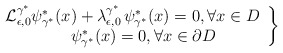
\begin{align*}\left.\begin{array}{c}\mathcal{L}_{\epsilon,0}^{\gamma^{\ast}}\psi_{\gamma^{\ast}}^{\ast}(x) + \lambda_{\epsilon,0}^{\gamma^{\ast}}\,\psi_{\gamma^{\ast}}^{\ast}(x) = 0, \forall x \in D\\\quad~ \psi_{\gamma^{\ast}}^{\ast}(x) = 0, \forall x \in \partial D\\\end{array} \right \} \end{align*}